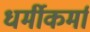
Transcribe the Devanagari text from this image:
धर्मीकर्मा